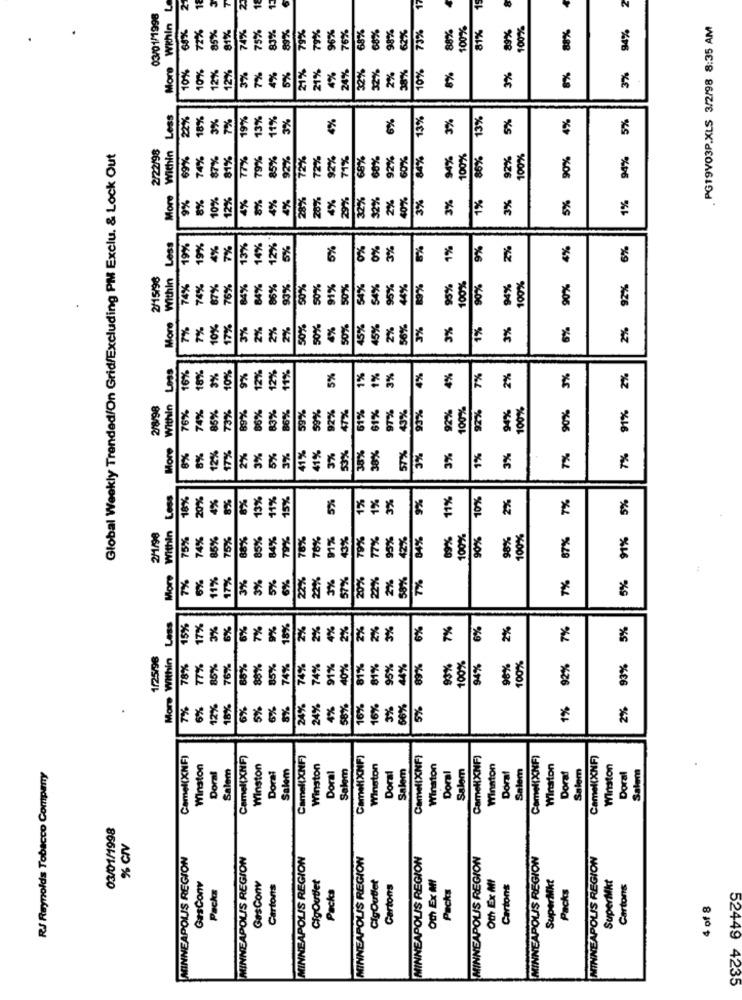
More Within L
21
15
17
15
2
03/01/1998
68%
74%
75%
83%
89%
79%
79%
96%
76%
68%
68%
62%
73%
100%
81%
89%
100%
88%
94%
. PG19V03P.XLS 3/2/98 8:35 AM
72%
85%
34%
98%
88%
4%
24%
32%
38%
10%
8%
10%
10%
12%
2%%
3%
7%
4%
5%
21%
21%
32%
2%
3%
8%
3%
Less
22%
18%
3%
79
19%
13%
11%
4%
6%
13%
3%
13%
5%
4%
5%
2/22/98
Within
Global Weekly Trended/On Grid/Excluding PM Exclu, & Lock Out
69%
74%
87%
81%
77%
79%
85%
92%
72%
72%
92%
71%
68%
68%
92%
60%
84%
94%
100%
86%
92%
100%
90%
94%
More
9%
8%
10%
12%
4%
8%
4%
4%
28%
20%
4%
29%
32%
2%
2%
40%
3%
3%
1%
3%
5%
1%
Within Less
19%
19%
4%
7%
13%
14%
12%
5%
5%
0%
0%
3%
8%
1%
9%
2%
4%
6%
2/15/96
74%
74%
87%
76%
84%
84%
86%
93%
50%
50%
91%
50%
54%
54%
95%
44%
89%
95%
100%
90%
94%
100%
90%
2%
More
7%
7%
10%
17%
3%
2%
2%
2%
50%
50%
%
50%
45%
45%
2%
8%
3%
3%
1%
3%
6%
2%
Loss
18%
3%
10%
12%
16%
9%
12%
11%
5%
1%
1%
3%
4%
4%
7%
2%
5%
2%
2/8/98
Within
74%
92%
100%
92%
94%
100%
90%
76%
85%
73%
89%
86%
83%
86%
59%
99%
92%
47%
51%
61%
97%
43%
93%
91%
More
12%
53%
38%
8%
8%
17%
2%
3%
5%
3%
41%
41%
3%
30%
57%
3%
3%
1%
3%
7%
7%
Less
18%
20%
4%
8%
8%
13%
11%
15%
5%
1%
3%
9%
11%
10%
2%
7%
5%
1%
2/1/98
Within
75%
74%
35%
75%
88%
85%
84%
76%
91%
43%
79%
77%
95%
42%
84%
89%
100%
90%
98%
100%
87%
91%
78%
More
7%
11%
97%
3%
3%
5%
6%
22%
3%
57%
20%
22%
2%
58%
7%
7%
5%
:
Lass
15%
17%
3%
6%
6%
7%
9%
18%
2%
2%
4%
2%
2%
2%
3%
6%
7%
6%
2%
92% 7%
5%
1/25/96
Mors Within
93%
78%
85%
76%
88%
88%
85%
74%
74%
74%
91%
40%
81%
81%
95%
44%
89%
100%
94%
98%
100%
93%
1%
7%
6%
12%
18%
6%
5%
6%
8%
24%
24%
4%
58%
16%
16%
3%
56%
5%
2%
Camel(XNF)
Camel(XNF)
Camel(XNF)
CamelXNF)
Camel(XNF)
CamelXNF)
Camel(XNF)
Camel(XNF)
Winston
Doral
Salem
Winston
Doral
Salem
Winston
Doral
Salem
Winston
Doral
Salem
Winston
Doral
Salem
Winston
Dora!
Salem
Winston
Salem
Winston
Doral
Salem
R.J Reynolds Tobacco Company
Dora!
03/01/1998
% GIV
MINNEAPOLIS REGION
NEAPOLIS REGION
MINNEAPOLIS REGION
MINNEAPOLIS REGION
MINNEAPOLIS REGION
MINNEAPOLIS REGION
MINNEAPOLIS REGION
MINNEAPOLIS REGION
CigOutlet
CigOutlet
Och Ex MI
Oth Ex MI
SuperMkt
SuperMkt
GasConv
Packs
GasConv
Cartons
Packs
Cartons
Packs
Cartons
Packs
Cartons
4 of 8
MIN
52449 4235